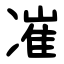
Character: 凗